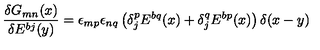
\frac { \delta G _ { m n } ( x ) } { \delta E ^ { b j } ( y ) } = \epsilon _ { m p } \epsilon _ { n q } \left( \delta _ { j } ^ { p } E ^ { b q } ( x ) + \delta _ { j } ^ { q } E ^ { b p } ( x ) \right) \delta ( x - y )